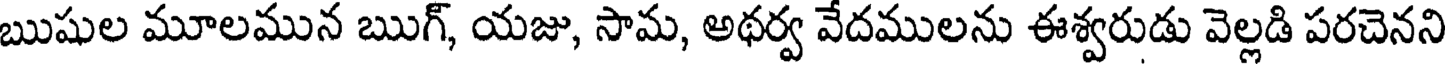
ఋషుల మూలమున ఋగ్, యజు, సామ, అథర్వ వేదములను ఈశ్వరుడు వెల్లడి పరచెనని